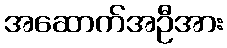
အဆောက်အဦအား